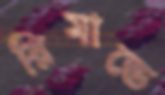
রিমান্ডে